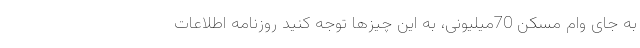
به جای وام مسکن 70میلیونی، به این چیزها توجه کنید روزنامه اطلاعات